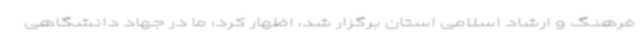
فرهنگ و ارشاد اسلامی استان برگزار شد، اظهار کرد: ما در جهاد دانشگاهی